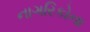
નાગરિકોના